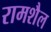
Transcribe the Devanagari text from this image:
रामशैल